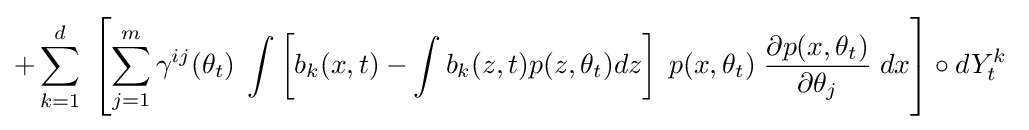
+\sum _{k=1}^{d}\;\left[\sum _{j=1}^{m}\gamma ^{ij}(\theta _{t})\;\int \left[b_{k}(x,t)-\int b_{k}(z,t)p(z,\theta _{t})dz\right]\;p(x,\theta _{t})\;{\frac {\partial p(x,\theta _{t})}{\partial \theta _{j}}}\;dx\right]\circ dY_{t}^{k}\